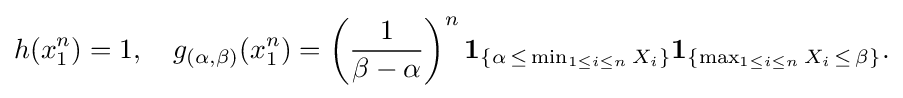
{\begin{aligned}h(x_{1}^{n})=1,\quad g_{(\alpha ,\beta )}(x_{1}^{n})=\left({1 \over \beta -\alpha }\right)^{n}\mathbf {1} _{\{\alpha \,\leq \,\min _{1\leq i\leq n}X_{i}\}}\mathbf {1} _{\{\max _{1\leq i\leq n}X_{i}\,\leq \,\beta \}}.\end{aligned}}